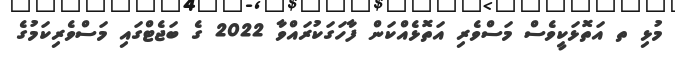
މުޅި ތ އަތޮޅަކީވެސް މަސްވެރި އަތޮޅެއްކަން ފާހަގަކުރައްވާ 2022 ގެ ބަޖެޓްގައި މަސްވެރިކަމުގެ